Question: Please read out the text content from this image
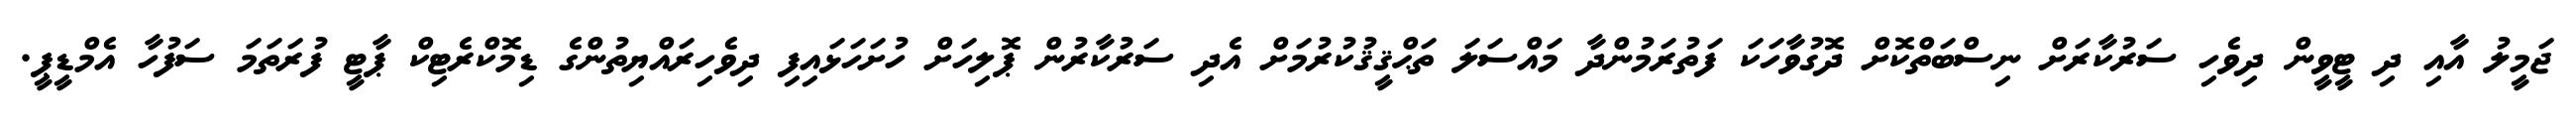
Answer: ޖަމީލު އާއި ދި ޓީވީން ދިވެހި ސަރުކާރަށް ނިސްބަތްކޮށް ދޮގުވާހަކަ ފަތުރަމުންދާ މައްސަލަ ތަޙްޤީޤުކުރުމަށް އެދި ސަރުކާރުން ޕޮލިހަށް ހުށަހަޅައިފި ދިވެހިރައްޔިތުންގެ ޑިމޮކްރެޓިކް ޕާޓީ ފުރަތަމަ ސަފުހާ އެމްޑީޕީ.